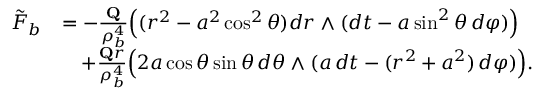
\begin{array} { r l } { \tilde { F } _ { b } } & { = - \frac { \mathbf { Q } } { \rho _ { b } ^ { 4 } } \Big ( ( r ^ { 2 } - a ^ { 2 } \cos ^ { 2 } \theta ) d r \wedge ( d t - a \sin ^ { 2 } \theta \, d \varphi ) \Big ) } \\ & { \quad + \frac { \mathbf { Q } r } { \rho _ { b } ^ { 4 } } \Big ( 2 a \cos \theta \sin \theta \, d \theta \wedge ( a \, d t - ( r ^ { 2 } + a ^ { 2 } ) \, d \varphi ) \Big ) . } \end{array}